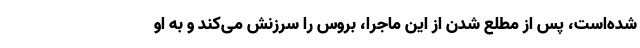
شده‌است، پس از مطلع شدن از این ماجرا، بروس را سرزنش می‌کند و به او